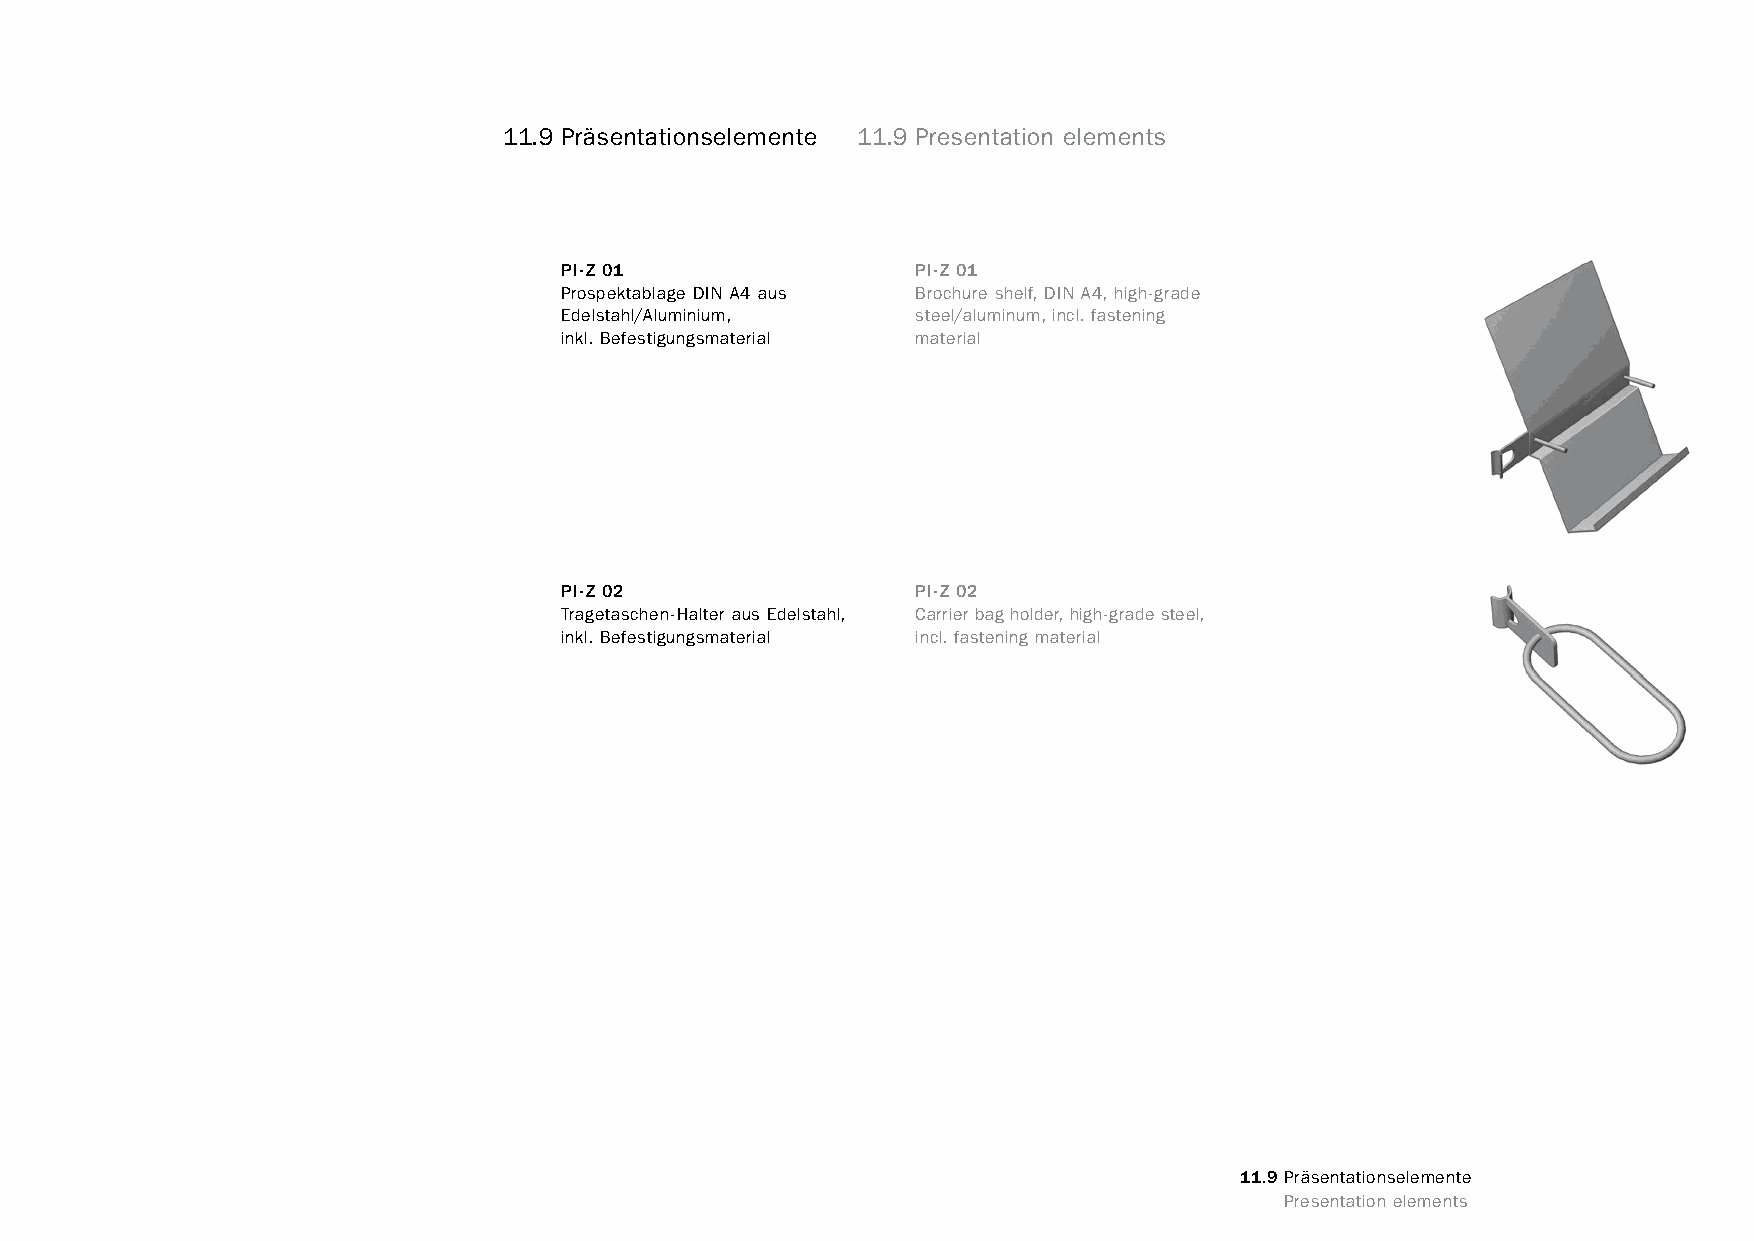
constructivpila petite       11.9 Präsentationselemente 11.9 Presentation elements
 PI-Z 01                 PI-Z 01
 Prospektablage DIN A4 aus Brochure shelf, DIN A4, high-grade
 Edelstahl/Aluminium,    steel/aluminum, incl. fastening
 inkl. Befestigungsmaterial material
 PI-Z 02                 PI-Z 02
 Tragetaschen-Halter aus Edelstahl, Carrier bag holder, high-grade steel,
 inkl. Befestigungsmaterial incl. fastening material
 11.9 Präsentationselemente
 www.burkhardtleitner.de                                                          Presentation elements